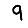
Digit: 9